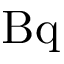
\mathrm { B q }